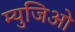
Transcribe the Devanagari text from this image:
म्युजिओ